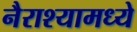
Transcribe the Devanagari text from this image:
नैराश्यामध्ये